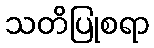
သတိပြုစရာ